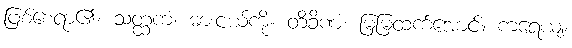
ဖြစ်စေရာ၏။ သတ္ထကံ၊ ဓားငယ်ကို။ တိခိဏံ၊ မြမြထက်အောင်။ ကရေယျ၊